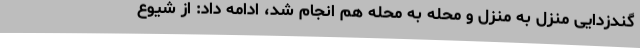
گندزدایی منزل به منزل و محله به محله هم انجام شد، ادامه داد: از شیوع